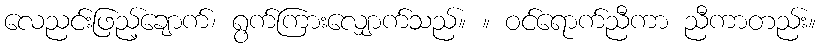
လေညင်းဖြည့်ချောက်၊ ရွက်ကြားလျှောက်သည်။ ။ ဝင်ရောက်ညီကာ ညီကာတည်း။